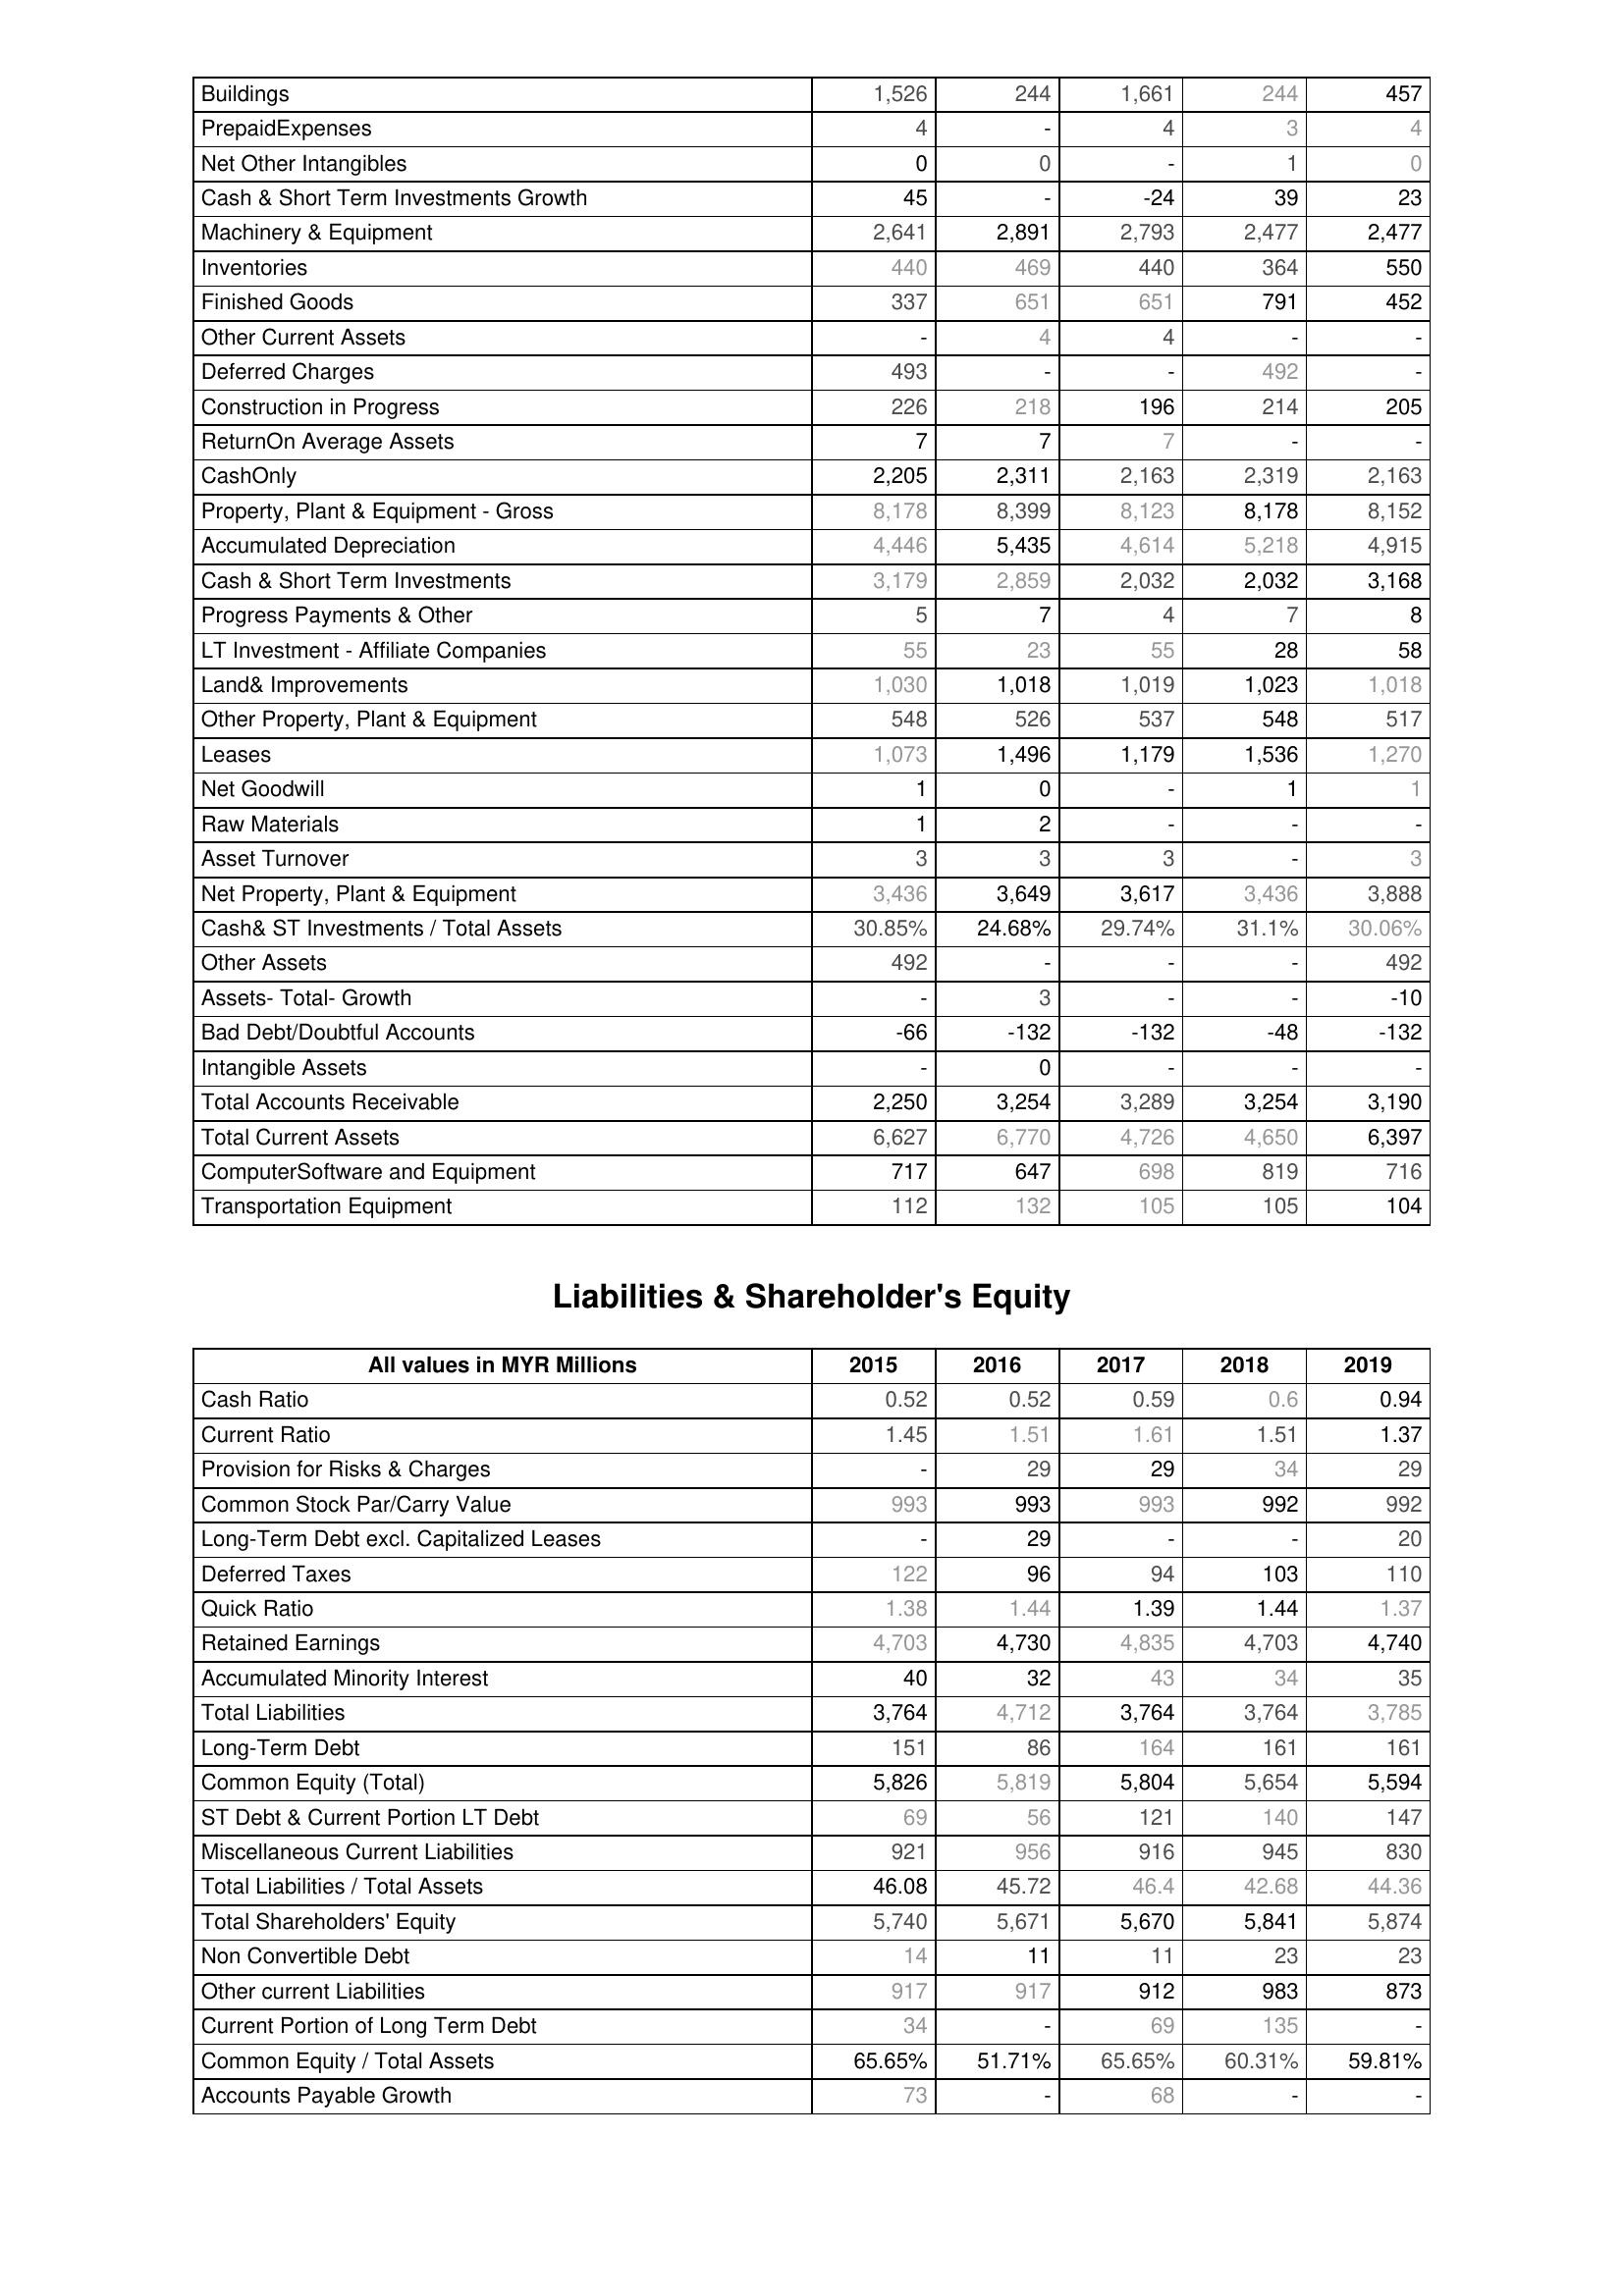
2015: Assets: Buildings: 1,526
PrepaidExpenses: 4
Net Other Intangibles: 0
Cash & Short Term Investments Growth: 45
Machinery & Equipment: 2,641
Inventories: 440
Finished Goods: 337
Other Current Assets: -
Deferred Charges: 493
Construction in Progress: 226
ReturnOn Average Assets: 7
CashOnly: 2,205
Property, Plant & Equipment - Gross : 8,178
Accumulated Depreciation: 4,446
Cash & Short Term Investments: 3,179
Progress Payments & Other: 5
LT Investment - Affiliate Companies: 55
Land& Improvements: 1,030
Other Property, Plant & Equipment: 548
Leases: 1,073
Net Goodwill: 1
Raw Materials: 1
Asset Turnover: 3
Net Property, Plant & Equipment: 3,436
Cash& ST Investments / Total Assets: 30.85%
Other Assets: 492
Assets- Total- Growth: -
Bad Debt/Doubtful Accounts: -66
Intangible Assets: -
Total Accounts Receivable: 2,250
Total Current Assets: 6,627
ComputerSoftware and Equipment: 717
Transportation Equipment: 112
Liabilities & Shareholder's Equity: Cash Ratio: 0.52
Current Ratio: 1.45
Provision for Risks & Charges: -
Common Stock Par/Carry Value: 993
Long-Term Debt excl. Capitalized Leases: -
Deferred Taxes: 122
Quick Ratio: 1.38
Retained Earnings: 4,703
Accumulated Minority Interest: 40
Total Liabilities: 3,764
Long-Term Debt: 151
Common Equity (Total): 5,826
ST Debt & Current Portion LT Debt: 69
Miscellaneous Current Liabilities: 921
Total Liabilities / Total Assets: 46.08
Total Shareholders' Equity: 5,740
Non Convertible Debt: 14
Other current Liabilities: 917
Current Portion of Long Term Debt: 34
Common Equity / Total Assets: 65.65%
Accounts Payable Growth: 73
2016: Assets: Buildings: 244
PrepaidExpenses: -
Net Other Intangibles: 0
Cash & Short Term Investments Growth: -
Machinery & Equipment: 2,891
Inventories: 469
Finished Goods: 651
Other Current Assets: 4
Deferred Charges: -
Construction in Progress: 218
ReturnOn Average Assets: 7
CashOnly: 2,311
Property, Plant & Equipment - Gross : 8,399
Accumulated Depreciation: 5,435
Cash & Short Term Investments: 2,859
Progress Payments & Other: 7
LT Investment - Affiliate Companies: 23
Land& Improvements: 1,018
Other Property, Plant & Equipment: 526
Leases: 1,496
Net Goodwill: 0
Raw Materials: 2
Asset Turnover: 3
Net Property, Plant & Equipment: 3,649
Cash& ST Investments / Total Assets: 24.68%
Other Assets: -
Assets- Total- Growth: 3
Bad Debt/Doubtful Accounts: -132
Intangible Assets: 0
Total Accounts Receivable: 3,254
Total Current Assets: 6,770
ComputerSoftware and Equipment: 647
Transportation Equipment: 132
Liabilities & Shareholder's Equity: Cash Ratio: 0.52
Current Ratio: 1.51
Provision for Risks & Charges: 29
Common Stock Par/Carry Value: 993
Long-Term Debt excl. Capitalized Leases: 29
Deferred Taxes: 96
Quick Ratio: 1.44
Retained Earnings: 4,730
Accumulated Minority Interest: 32
Total Liabilities: 4,712
Long-Term Debt: 86
Common Equity (Total): 5,819
ST Debt & Current Portion LT Debt: 56
Miscellaneous Current Liabilities: 956
Total Liabilities / Total Assets: 45.72
Total Shareholders' Equity: 5,671
Non Convertible Debt: 11
Other current Liabilities: 917
Current Portion of Long Term Debt: -
Common Equity / Total Assets: 51.71%
Accounts Payable Growth: -
2017: Assets: Buildings: 1,661
PrepaidExpenses: 4
Net Other Intangibles: -
Cash & Short Term Investments Growth: -24
Machinery & Equipment: 2,793
Inventories: 440
Finished Goods: 651
Other Current Assets: 4
Deferred Charges: -
Construction in Progress: 196
ReturnOn Average Assets: 7
CashOnly: 2,163
Property, Plant & Equipment - Gross : 8,123
Accumulated Depreciation: 4,614
Cash & Short Term Investments: 2,032
Progress Payments & Other: 4
LT Investment - Affiliate Companies: 55
Land& Improvements: 1,019
Other Property, Plant & Equipment: 537
Leases: 1,179
Net Goodwill: -
Raw Materials: -
Asset Turnover: 3
Net Property, Plant & Equipment: 3,617
Cash& ST Investments / Total Assets: 29.74%
Other Assets: -
Assets- Total- Growth: -
Bad Debt/Doubtful Accounts: -132
Intangible Assets: -
Total Accounts Receivable: 3,289
Total Current Assets: 4,726
ComputerSoftware and Equipment: 698
Transportation Equipment: 105
Liabilities & Shareholder's Equity: Cash Ratio: 0.59
Current Ratio: 1.61
Provision for Risks & Charges: 29
Common Stock Par/Carry Value: 993
Long-Term Debt excl. Capitalized Leases: -
Deferred Taxes: 94
Quick Ratio: 1.39
Retained Earnings: 4,835
Accumulated Minority Interest: 43
Total Liabilities: 3,764
Long-Term Debt: 164
Common Equity (Total): 5,804
ST Debt & Current Portion LT Debt: 121
Miscellaneous Current Liabilities: 916
Total Liabilities / Total Assets: 46.4
Total Shareholders' Equity: 5,670
Non Convertible Debt: 11
Other current Liabilities: 912
Current Portion of Long Term Debt: 69
Common Equity / Total Assets: 65.65%
Accounts Payable Growth: 68
2018: Assets: Buildings: 244
PrepaidExpenses: 3
Net Other Intangibles: 1
Cash & Short Term Investments Growth: 39
Machinery & Equipment: 2,477
Inventories: 364
Finished Goods: 791
Other Current Assets: -
Deferred Charges: 492
Construction in Progress: 214
ReturnOn Average Assets: -
CashOnly: 2,319
Property, Plant & Equipment - Gross : 8,178
Accumulated Depreciation: 5,218
Cash & Short Term Investments: 2,032
Progress Payments & Other: 7
LT Investment - Affiliate Companies: 28
Land& Improvements: 1,023
Other Property, Plant & Equipment: 548
Leases: 1,536
Net Goodwill: 1
Raw Materials: -
Asset Turnover: -
Net Property, Plant & Equipment: 3,436
Cash& ST Investments / Total Assets: 31.1%
Other Assets: -
Assets- Total- Growth: -
Bad Debt/Doubtful Accounts: -48
Intangible Assets: -
Total Accounts Receivable: 3,254
Total Current Assets: 4,650
ComputerSoftware and Equipment: 819
Transportation Equipment: 105
Liabilities & Shareholder's Equity: Cash Ratio: 0.6
Current Ratio: 1.51
Provision for Risks & Charges: 34
Common Stock Par/Carry Value: 992
Long-Term Debt excl. Capitalized Leases: -
Deferred Taxes: 103
Quick Ratio: 1.44
Retained Earnings: 4,703
Accumulated Minority Interest: 34
Total Liabilities: 3,764
Long-Term Debt: 161
Common Equity (Total): 5,654
ST Debt & Current Portion LT Debt: 140
Miscellaneous Current Liabilities: 945
Total Liabilities / Total Assets: 42.68
Total Shareholders' Equity: 5,841
Non Convertible Debt: 23
Other current Liabilities: 983
Current Portion of Long Term Debt: 135
Common Equity / Total Assets: 60.31%
Accounts Payable Growth: -
2019: Assets: Buildings: 457
PrepaidExpenses: 4
Net Other Intangibles: 0
Cash & Short Term Investments Growth: 23
Machinery & Equipment: 2,477
Inventories: 550
Finished Goods: 452
Other Current Assets: -
Deferred Charges: -
Construction in Progress: 205
ReturnOn Average Assets: -
CashOnly: 2,163
Property, Plant & Equipment - Gross : 8,152
Accumulated Depreciation: 4,915
Cash & Short Term Investments: 3,168
Progress Payments & Other: 8
LT Investment - Affiliate Companies: 58
Land& Improvements: 1,018
Other Property, Plant & Equipment: 517
Leases: 1,270
Net Goodwill: 1
Raw Materials: -
Asset Turnover: 3
Net Property, Plant & Equipment: 3,888
Cash& ST Investments / Total Assets: 30.06%
Other Assets: 492
Assets- Total- Growth: -10
Bad Debt/Doubtful Accounts: -132
Intangible Assets: -
Total Accounts Receivable: 3,190
Total Current Assets: 6,397
ComputerSoftware and Equipment: 716
Transportation Equipment: 104
Liabilities & Shareholder's Equity: Cash Ratio: 0.94
Current Ratio: 1.37
Provision for Risks & Charges: 29
Common Stock Par/Carry Value: 992
Long-Term Debt excl. Capitalized Leases: 20
Deferred Taxes: 110
Quick Ratio: 1.37
Retained Earnings: 4,740
Accumulated Minority Interest: 35
Total Liabilities: 3,785
Long-Term Debt: 161
Common Equity (Total): 5,594
ST Debt & Current Portion LT Debt: 147
Miscellaneous Current Liabilities: 830
Total Liabilities / Total Assets: 44.36
Total Shareholders' Equity: 5,874
Non Convertible Debt: 23
Other current Liabilities: 873
Current Portion of Long Term Debt: -
Common Equity / Total Assets: 59.81%
Accounts Payable Growth: -